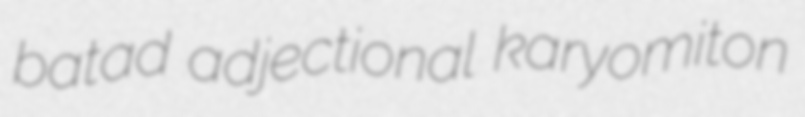
batad adjectional karyomiton